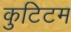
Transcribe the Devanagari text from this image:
कुटिटम